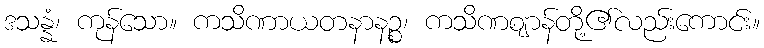
ဒသန္နံ၊ ကုန်သော။ ကသိဏာယတနာနဉ္စ၊ ကသိဏဈာန်တို့၏လည်းကောင်း။